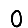
Digit: 0